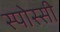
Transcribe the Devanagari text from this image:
स्पोस्सी